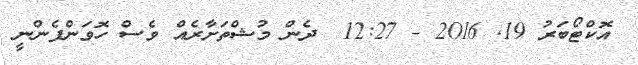
އޮކްޓޯބަރު 19